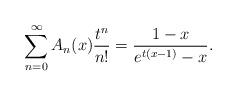
LaTeX: \begin{align*}\sum_{n=0}^{\infty} A_n(x)\frac{t^n}{n!} = \frac{1-x}{e^{t(x-1)}-x}.\end{align*}